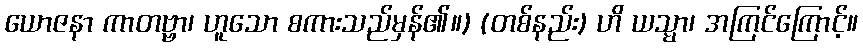
ယောဇနာ ကာတဗ္ဗာ၊ ဟူသော စကားသည်မှန်၏။) (တစ်နည်း) ဟိ ယသ္မာ၊ အကြင်ကြောင့်။